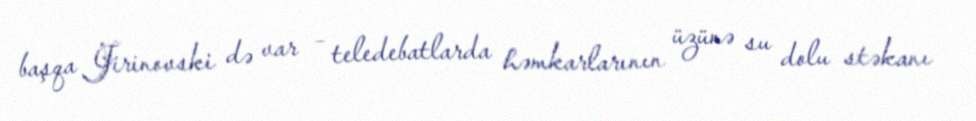
başqa Jirinovski də var – teledebatlarda həmkarlarının üzünə su dolu stəkanı